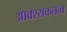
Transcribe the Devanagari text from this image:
आवश्यकतत्व